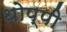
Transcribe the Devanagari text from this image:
थोप्पी